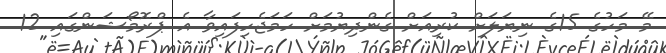
މޭ މަހުގެ 15ގެ ނިޔަލަށް ކުރިއަށް ގެންދިޔުމަށް ހަމަޖެހިފައިވާ އެ ޕްރޮމޯޝަންގައި 12